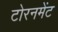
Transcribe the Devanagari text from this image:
टोरनमेंट